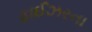
ફાઈઝરના